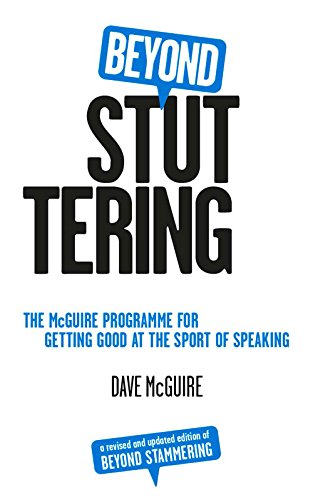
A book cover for Beyond Stuttering: The McGuire Programme for Getting Good at the Sport of Speaking; Dave McGuire; Health, Fitness & Dieting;